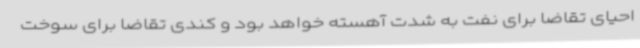
احیای تقاضا برای نفت به شدت آهسته خواهد بود و کندی تقاضا برای سوخت